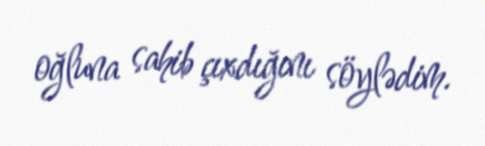
oğluna sahib çıxdığını söylədim.